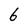
Character: 6